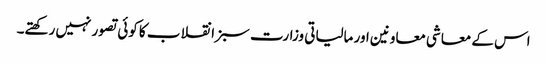
اس کے معاشی معاونین اور مالیاتی وزارت سبز انقلاب کا کوئی تصور نہیں رکھتے۔